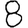
Digit: 8